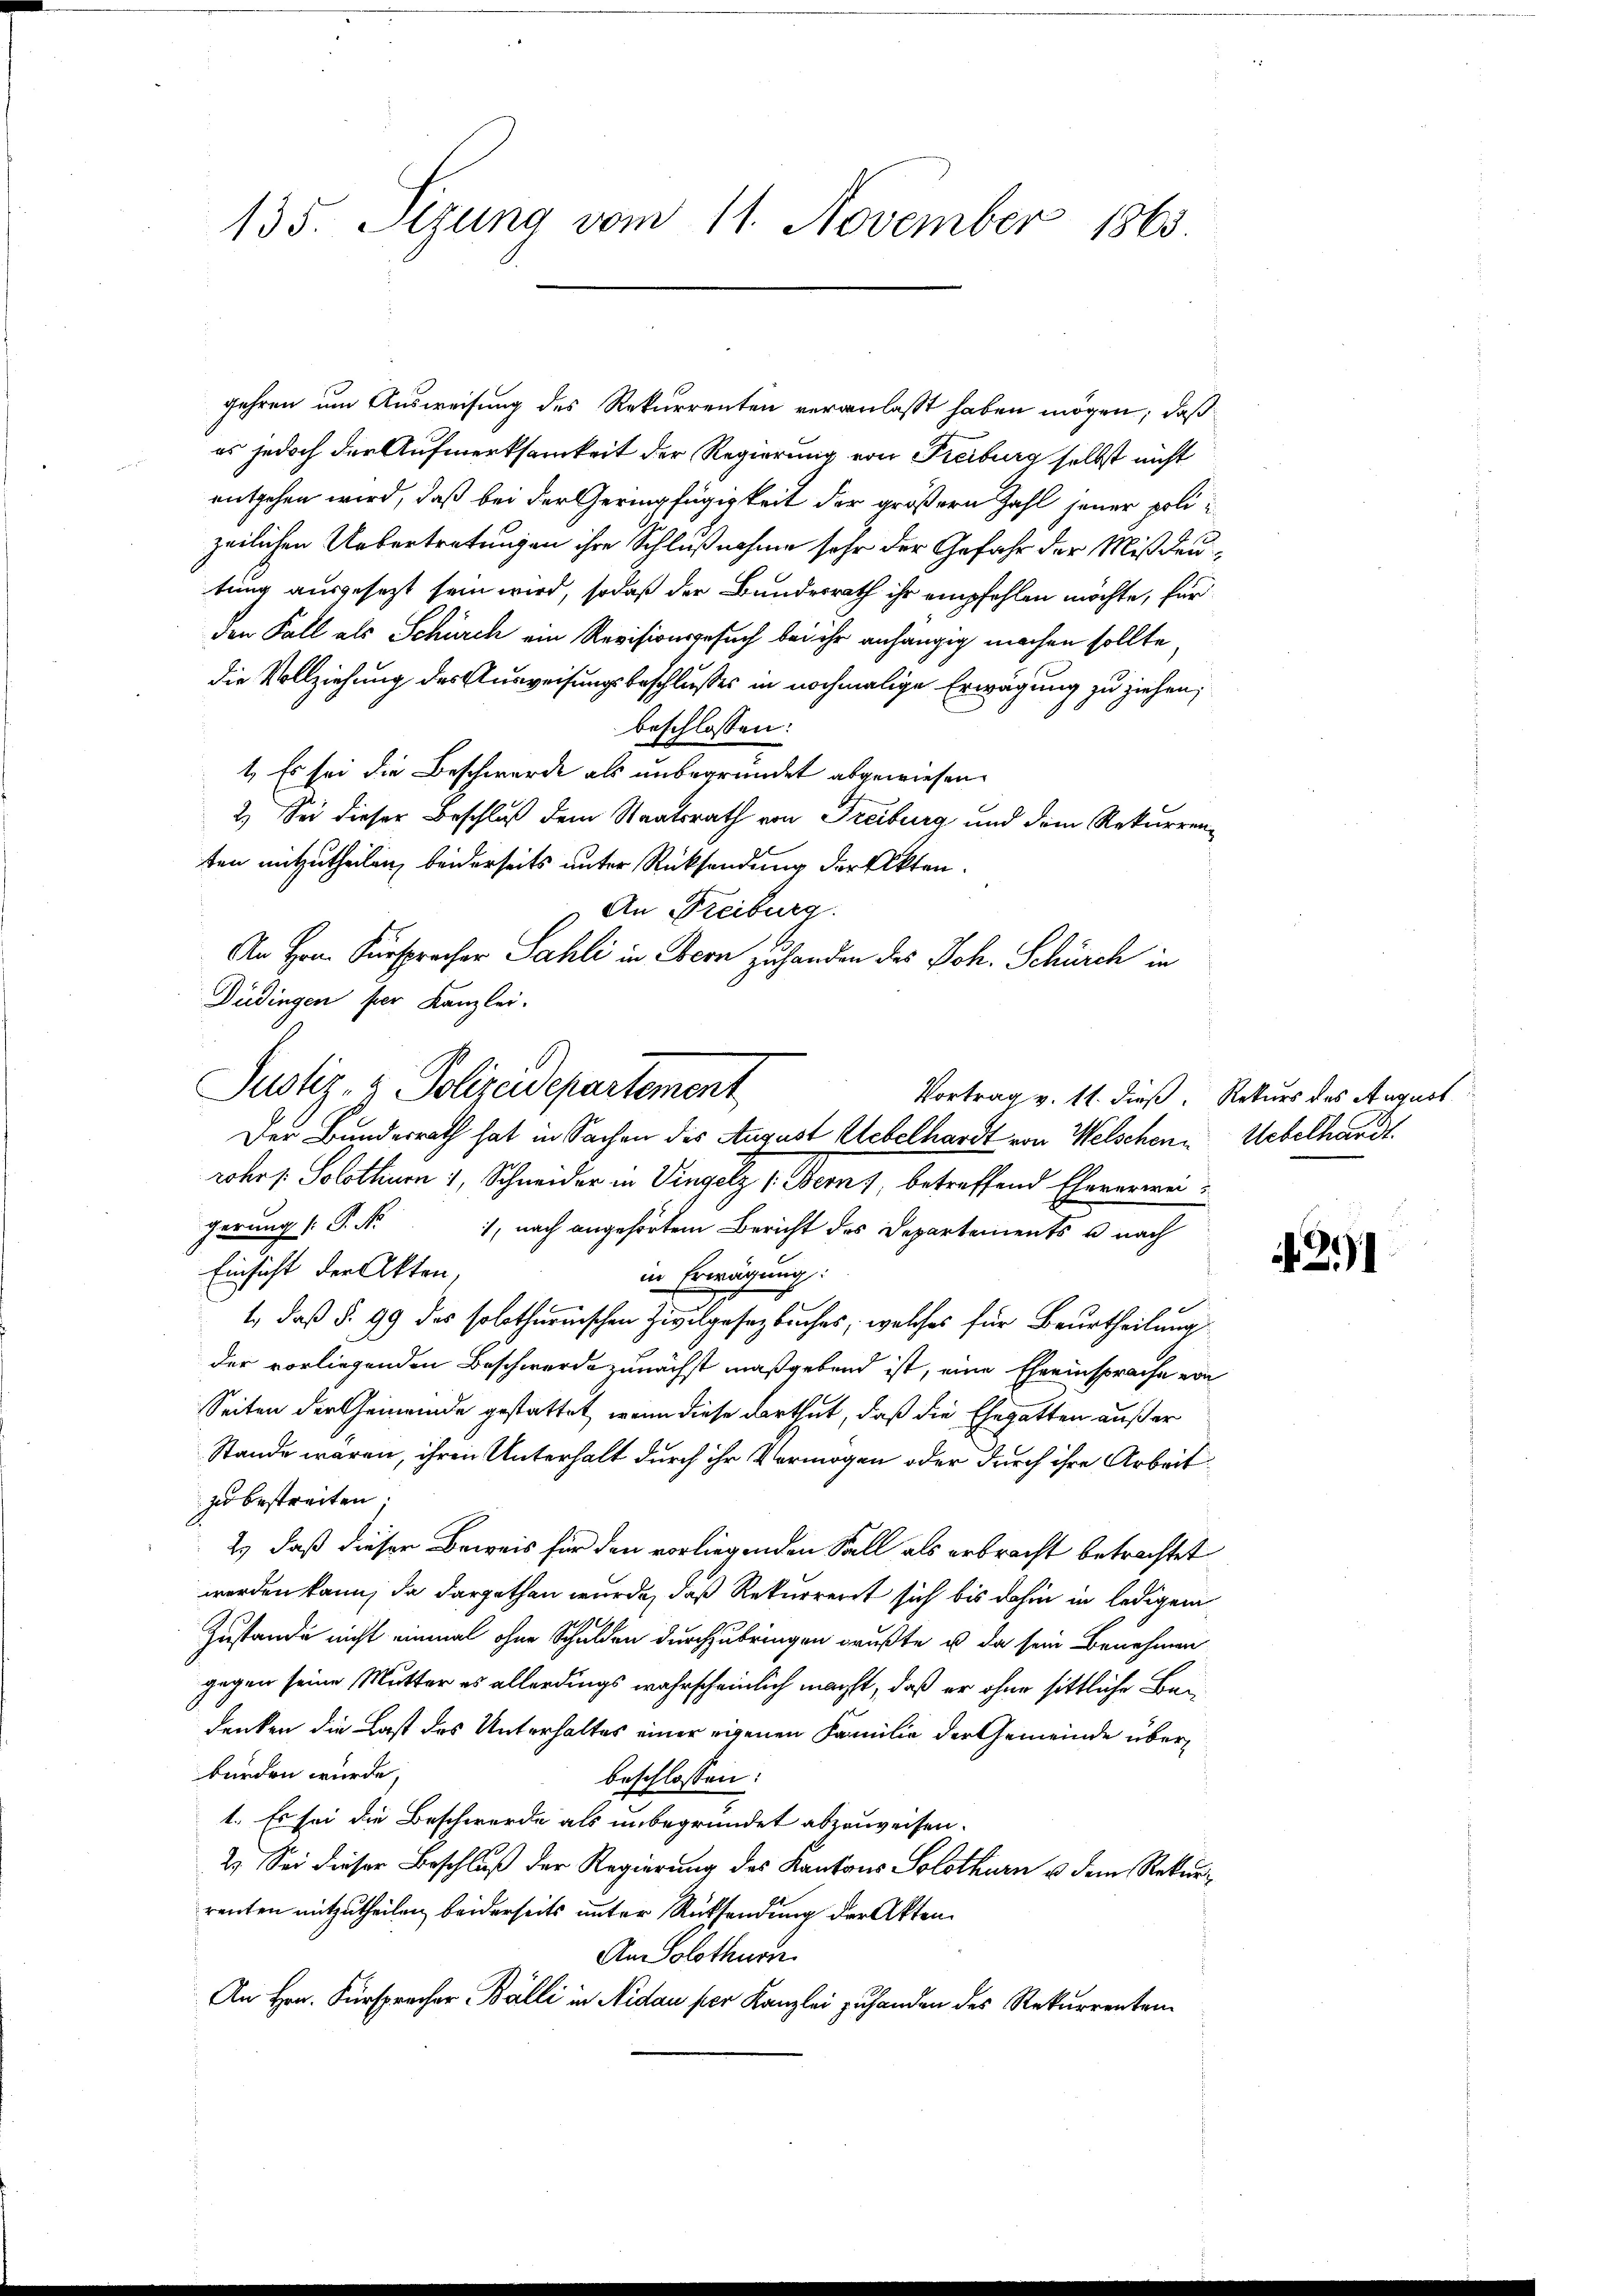
135. Sezung vom 11. November 1865

gehren um Ausweisung des Rekurrenten veranlaßt haben mögen, daß
es jedoch der Aufmerksamkeit der Regierung von Freiburg selbst nicht
entgehen wird, daß bei der Geringfügigkeit der größern Zahl jener polizeilichen Uebertretungen ihre Schlußnahme sehr der Gefahr der Mißdeutung ausgesezt sein wird, sodaß der Bundesrath ihr empfehlen möchte, für
den Fall als Schürch ein Revisionsgesuch bei ihr anhängig machen sollte
die Vollziehung des Ausweisungsbeschlusses in nochmalige Erwägung zu ziehen,
beschlossen:
1. Es sei die Beschwerde als unbegründet abgewiesen.
2.) Sei dieser Beschluß dem Staatsrath von Freiburg und dem Rekurren-
ten mitzutheilen, beiderseits unter Rücksendung der Akten.
An Freiburg.
An Hrn. Fürsprecher Sahli in Obern zu handen des Joh. Schürch in
Düdingen ser Kanzlei.
Vortrag v. 11. dieß. Rekurs des August
rohr /: Solothurn 1, Schneider in Vingelz /: Bern, betreffend Ehererwei
gerung (S. Nr. 1, nach angehörtem Bericht des Departements u nach
Einsicht der Akten,
in Erwägung:
n
1., daß §. 99 des solothurnischen Zivilgesetzbuches, welches für Beurtheilung
der vorliegenden Beschwerde zunächst maßgebend ist, eine Eheeinsprache von
Seiten der Gemeinde gestattet, wenn diese darthut, daß die Ehegatten außer
Stande waren, ihren Unterhalt durch ihr Vermögen oder durch ihre Arbeit
zu bestreiten;
2) daß dieser Beweis für den vorliegenden Fall als erbracht betrachtet
worden kann, da dargethan wurde, daß Rekurrent sich bis dahin in ledigem
Zustande nicht einmal ohne Schulden durchzubringen grüßte u. da sein Benehmen
gegen seine Mutter es allerdings wahrscheinlich macht, daß er ohne sittliche Bedenken die Last des Unterhaltes einer eigenen Familie der Gemeinde überbürden wurde,
beschlossen:
1. Es sei die Beschwerde als unbegründet abzuweisen.
2. Sei dieser Beschluß der Regierung des Kantons Solothurn u. dem Rekurrenten mitzutheilen beiderseits unter Rücksendung der Akten.
Am Solothurn.
An Hrn. Fürsprecher Bälli in Nidau ser Kanzlei zuhanden des Rekurrenten¬

Justiz- & Polizeidepartement
Der Bundesrath hat in Sachen des August Uebelhardt von Welschen Uebelhardt

if. 291